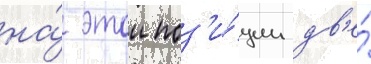
на́ этои поз'и́ции дв'е́